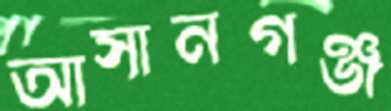
আসানগঞ্জ